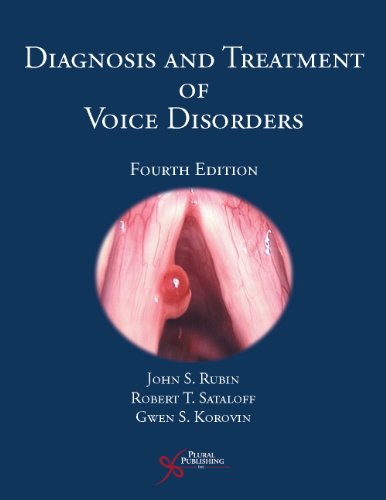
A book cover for Diagnosis and Treatment of Voice Disorders; John Rubin; Medical Books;